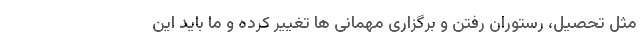
مثل تحصیل، رستوران رفتن و برگزاری مهمانی ها تغییر کرده و ما باید این